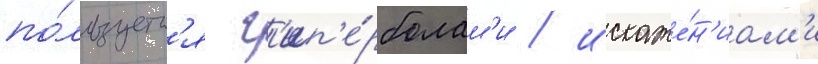
по́льзуетс'я г'ип'е́рболам'и / искаже́н'иам'и